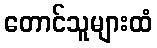
တောင်သူများထံ